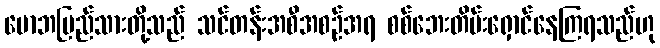
မောဘပြည်သားတို့သည် သင်တန်းအစီအစဉ်အရ စစ်ဘေးတိမ်းရှောင်နေကြရသည်ဟု